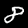
Digit: 8